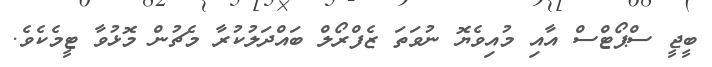
ބީޖީ ސްޕޯޓްސް އާއި މުއިވެޔޮ ނުވަތަ ޒެފްރޯލް ބައްދަލުކުރާ މެޗުން މޮޅުވާ ޓީމެކެވެ.